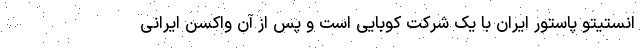
انستیتو پاستور ایران با یک شرکت کوبایی است و پس از آن واکسن ایرانی